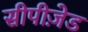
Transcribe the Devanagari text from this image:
सीपीज़ेड